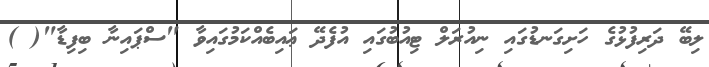
ލިބޭ ދަރިފުޅުގެ ހަށިގަނޑުގައި ނިއުރަލް ޓިއުބުގައި އުފެދޭ ޢައިބެއްކަމުގައިވާ "ސްޕައިނާ ބިފިޑާ"( )